Vaccination in Bombay 1869-1873 - 1869-1873
Year: 1869
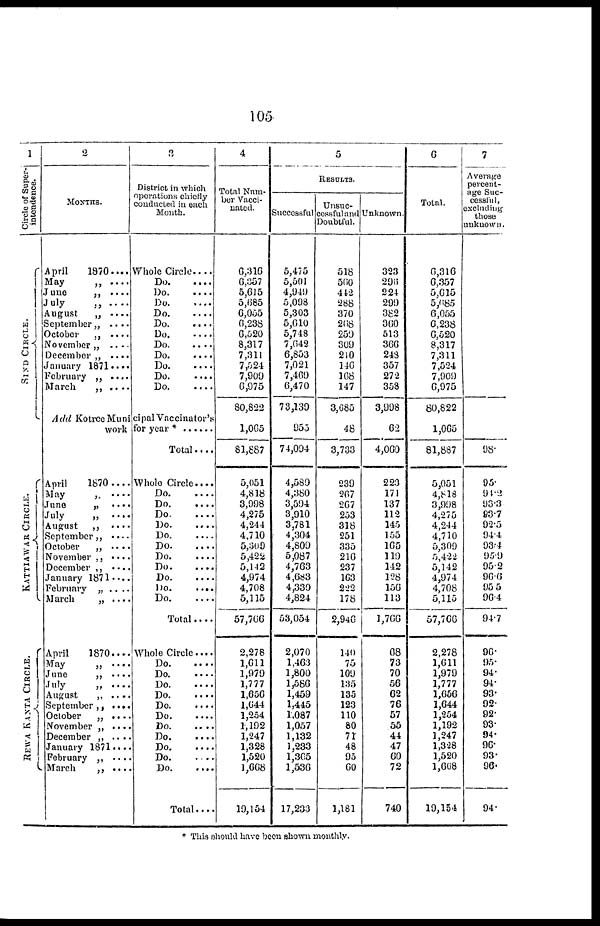
105
1
Circle of Super¬
intendence.
SIND CIRCLE.
KATTIAWAR CIRCLE.
REWA KANTA CIRCLE.
2
MONTHS.
April
1870....
May
„ ....
June
„ ....
July
„
.....
August
„ ....
September„ ....
October
„ ....
November „ ....
December „ ....
January 1871 ....
February „ ....
March
„ ....
3
District in which
operations chiefly
conducted in each
Month.
Whole Circle ....
Do.
........
Do. ........
Do. ........
Do. ........
Do.
........
Do. ........
Do.
........
Do.
........
Do.
........
Do.
........
Do.
........
Add Kotree Municipal Vaccinator's
work for year *
April
1870 ....
May
„
....
June
„
....
July
„
....
August
„
....
September„ ....
October
„
....
November „ ....
December „ ....
January 1871 ....
February „ ....
March
„ ....
April
1870...
May
„ ...
June
„ ...
July
„ ...
August
„ ...
September „ ...
October
„ ...
November „ ...
December „ ...
January 1871...
February „ ...
March
„ ...
Total....
Whole Circle....
Do.
........
Do.
........
Do.
........
Do.
........
Do.
........
Do.
........
Do.
........
Do.
........
Do.
........
Do.
........
Do.
........
Total....
Whole Circle....
Do.
........
Do. ........
Do.
........
Do.
........
Do.
........
Do.
........
Do. ........
Do.
........
Do.
........
Do. ........
Do.
........
Total ....
4
Total Num-
ber Vacci-
nated.
6,316
6,357
5,615
5,685
6,055
6,238
6,520
8,317
7,311
7,524
7,909
6,975
80,822
1,065
81,887
5,051
4,818
3,998
4,275
4,244
4,710
5,309
5,422
5,142
4,974
4,708
5,115
57,766
2,278
1,611
1,979
1,777
1,656
1,644
1,254
1,192
1,247
1,328
1,520
1,668
19,154
5
RESULTS.
Successful
5,475
5,501
4,949
5,098
5,303
5,610
5,748
7,642
6,853
7,021
7,469
6,470
73,139
955
74,094
4,589
4,380
3,594
3,910
3,781
4,304
4,809
5,087
4,763
4,683
4,330
4,824
53,054
2,070
1,463
1,800
1,586
1,459
1,445
1,087
1,057
1,132
1,233
1,365
1,536
17,233
Unsuc-
cessful and
Doubtful.
518
560
442
288
370
268
259
309
210
146
168
147
3,685
48
3,733
239
267
267
253
318
251
335
216
237
163
222
178
2,946
140
75
109
135
135
123
110
80
71
48
95
60
1,181
Unknown
323
296
224
299
382
360
513
366
248
357
272
358
3,998
62
4,060
223
171
137
112
145
155
165
119
142
128
156
113
1,766
68
73
70
56
62
76
57
55
44
47
60
72
740
6
Total.
6,316
6,357
5,615
5,685
6,055
6,238
6,520
8,317
7,311
7,524
7,909
6,975
80,822
1,065
81,887
5,051
4,818
3,998
4,275
4,244
4,710
5,309
5,422
5,142
4,974
4,708
5,115
57,766
2,278
1,611
1,979
1,777
1,656
1,644
1,254
1,192
1,247
1,328
1,520
1,668
19,154
7
Average
percent-
age Suc-
cessful,
excluding
those
unknown.
98.
95.
94.2
93.3
93.7
92.5
94.4
93.4
95.9
95.2
96.6
95.5
96.4
94.7
96.
95.
94.
94.
93.
92.
92.
93.
94.
96.
93.
96.
94.
* This should have been shown monthly.